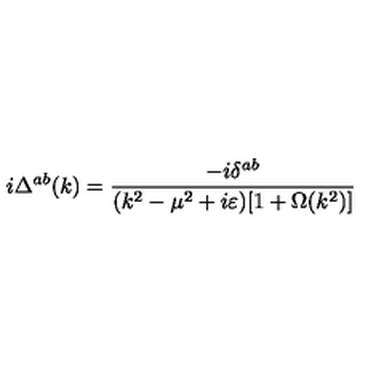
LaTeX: i \Delta ^ { a b } ( k ) = \frac { - i \delta ^ { a b } } { ( k ^ { 2 } - \mu ^ { 2 } + i \varepsilon ) [ 1 + \Omega ( k ^ { 2 } ) ] }